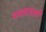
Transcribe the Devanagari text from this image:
यावाटाघाटी